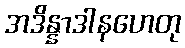
အဒိန္နာဒါနဟေတု